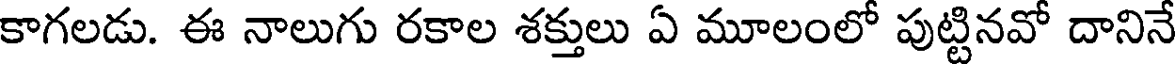
కాగలడు. ఈ నాలుగు రకాల శక్తులు ఏ మూలంలో పుట్టినవో దానినే